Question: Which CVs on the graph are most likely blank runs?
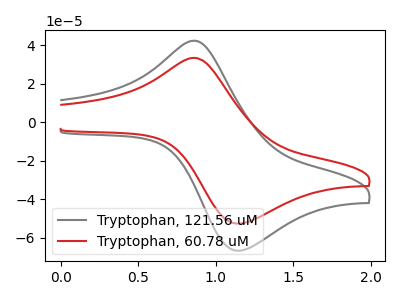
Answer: <think>The gray curve "Tryptophan, 121.56 uM" has an anodic peak at (0.85V, 42.40uA) and a cathodic peak at (1.15V, -66.80uA). The red curve "Tryptophan, 60.78 uM" has an anodic peak at (0.85V, 33.45uA) and a cathodic peak at (1.15V, -52.70uA).</think>
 <answer>There are not any CV's on this graph that are likely to be blanks.</answer>
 <eval>none</eval>